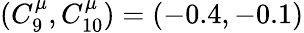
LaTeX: (C_{9}^{\mu},C_{10}^{\mu})=(-0.4,-0.1)